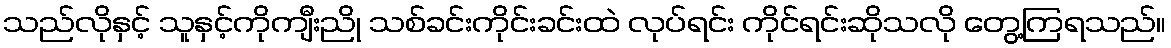
သည်လိုနှင့် သူနှင့်ကိုကျီးညို သစ်ခင်းကိုင်းခင်းထဲ လုပ်ရင်း ကိုင်ရင်းဆိုသလို တွေ့ကြရသည်။